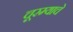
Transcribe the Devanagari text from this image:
चूरम्याचे